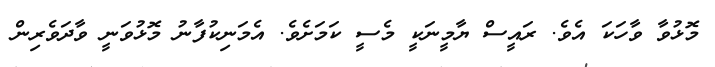
މޮޅުވާ ވާހަކަ އެވެ. ރައީސް ޔާމީނަކީ މެސީ ކަމަށެވެ. އެމަނިކުފާނު މޮޅުވަނީ ވާދަވެރިން